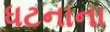
ધટનાના